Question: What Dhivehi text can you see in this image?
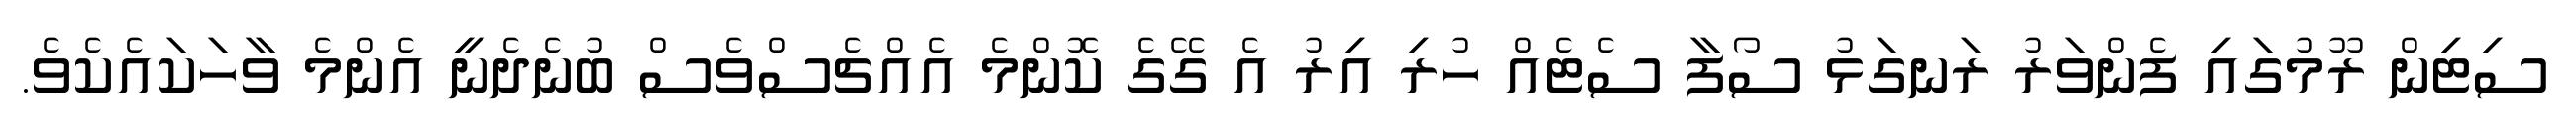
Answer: ސިޓިން ރޫމުގައި ފެންވަރު ރަނގަޅު ސޯފާ ސެޓެއް ހުރި އިރު އެ ގޭގެ ކޮންމެ އެއްޗެސްވެސް ބުނެދެނީ އެންމެ ވާހަކައެކެވެ.